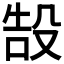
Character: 𬆧